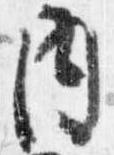
内